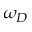
\omega _ { D }